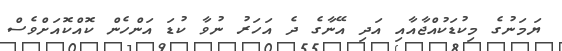
ޔަމަނުގެ މިކުޑަކުއްޖާއާއި އަދި އޭނާގެ ދެ އަހަރު ނުވާ ކުޑަ އަންހެން ކޮއްކޮއަށްވެސް